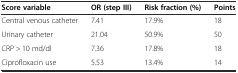
<table><thead><tr><td><b>Score variable</b></td><td><b>OR (step III)</b></td><td><b>Risk fraction (%)</b></td><td><b>Points</b></td></tr></thead><tbody><tr><td>Central venous catheter</td><td>7.41</td><td>17.9%</td><td>18</td></tr><tr><td>Urinary catheter</td><td>21.04</td><td>50.9%</td><td>50</td></tr><tr><td>CRP &gt; 10 md/dl</td><td>7.36</td><td>17.8%</td><td>18</td></tr><tr><td>Ciprofloxacin use</td><td>5.53</td><td>13.4%</td><td>14</td></tr></tbody></table>